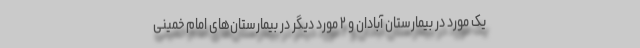
یک مورد در بیمارستان آبادان و ۲ مورد دیگر در بیمارستان‌های امام خمینی